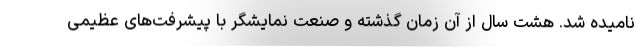
نامیده شد. هشت سال از آن زمان گذشته و صنعت نمایشگر با پیشرفت‌های عظیمی